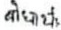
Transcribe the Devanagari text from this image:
बोधार्थ,